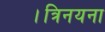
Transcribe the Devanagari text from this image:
।त्रिनयना